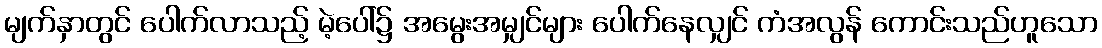
မျက်နှာတွင် ပေါက်လာသည့် မဲ့ပေါ်၌ အမွေးအမျှင်များ ပေါက်နေလျှင် ကံအလွန် ကောင်းသည်ဟူသော